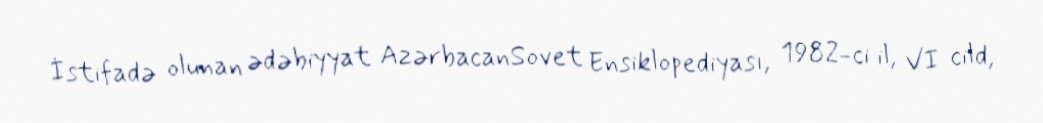
İstifadə olunan ədəbiyyat AzərbacanSovet Ensiklopediyası, 1982-ci il, VI cild,